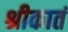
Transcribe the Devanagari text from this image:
श्रीकातं